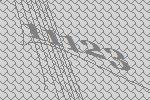
11123